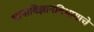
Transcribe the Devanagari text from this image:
भाषाविज्ञानविभागाचे